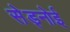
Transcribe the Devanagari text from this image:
सेड्नोई